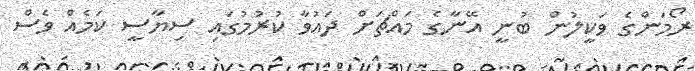
ރޯމަންގެ ވަކީލުން ބުނީ އޭނާގެ މައްޗަށް ދައުވާ ކުރުމުގައި ސިޔާސީ ކަމެއް ވެސް